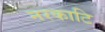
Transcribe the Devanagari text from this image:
नरकाटि